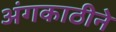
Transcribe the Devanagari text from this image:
अंगकाठीने